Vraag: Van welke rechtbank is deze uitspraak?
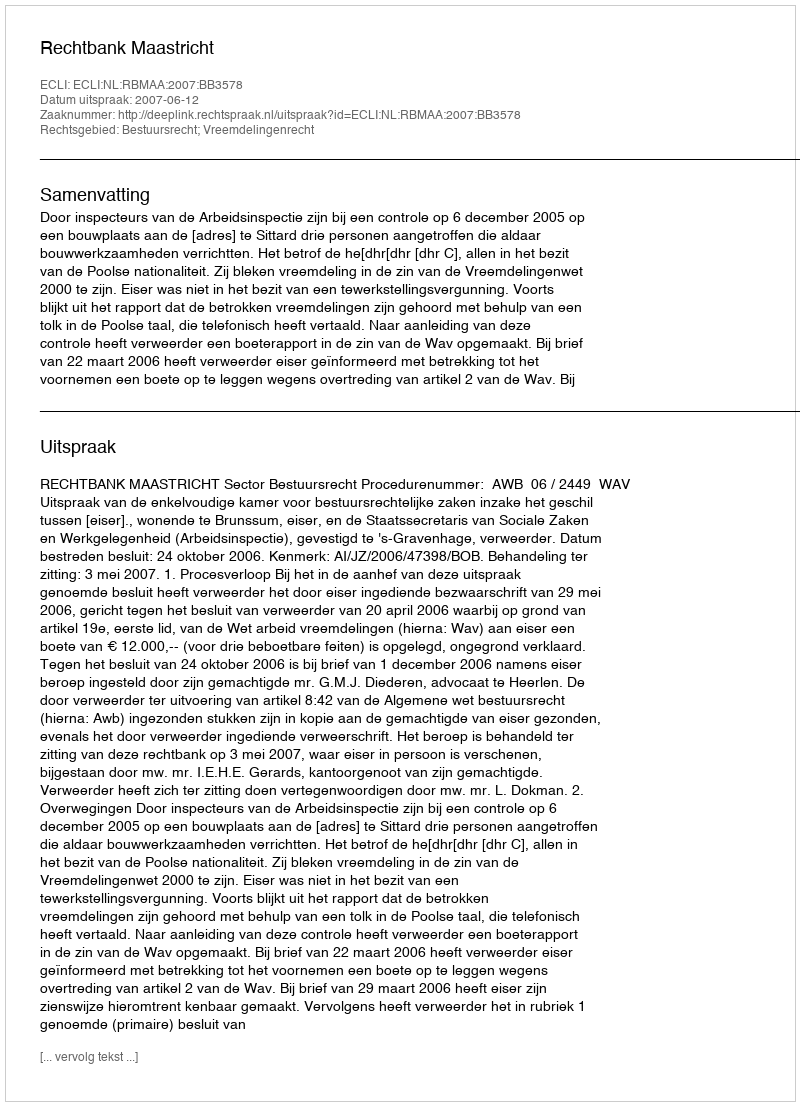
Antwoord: Rechtbank Maastricht